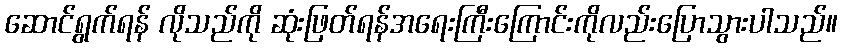
ဆောင်ရွက်ရန် လိုသည်ကို ဆုံးဖြတ်ရန်အရေးကြီးကြောင်းကိုလည်းပြောသွားပါသည်။